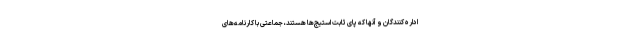
اداره کنندگان و آنها که پای ثابت استیج‌ها هستند، جماعتی با کارنامه‌های